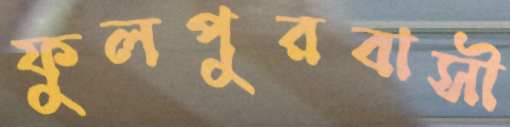
ফুলপুরবাসী